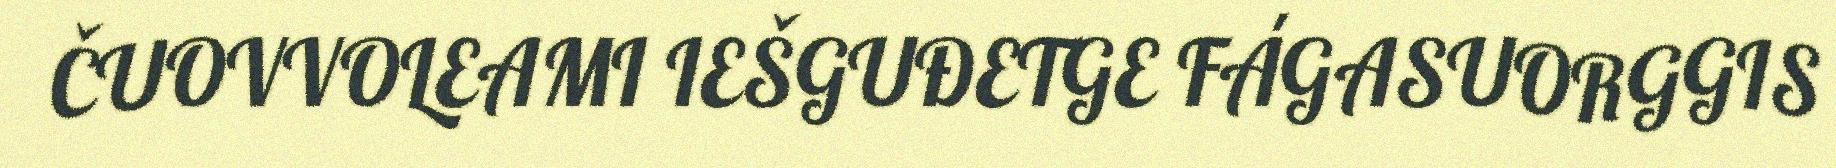
ČUOVVOLEAMI IEŠGUĐETGE FÁGASUORGGIS